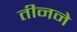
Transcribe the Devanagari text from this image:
तीनने